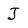
Character: J